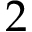
2